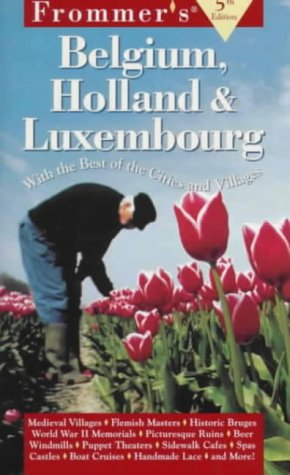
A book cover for Frommer's Belgium, Holland & Luxembourg (5th ed); George McDonald; Travel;